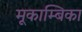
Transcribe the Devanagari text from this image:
मूकाम्‍बिका